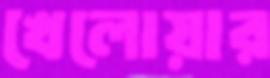
খেলোয়ার